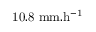
\mathrm { 1 0 . 8 ~ m m . h ^ { - 1 } }